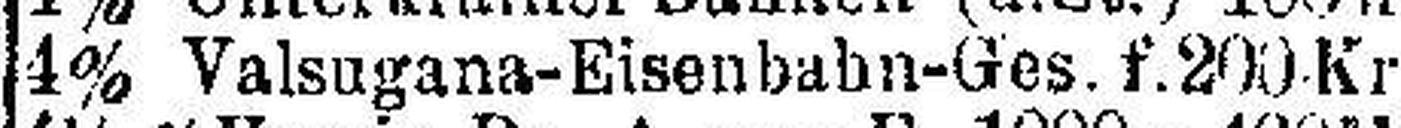
4% Valsugana-Eisenbahn-Ges. f. 200 Kr